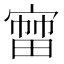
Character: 𡪒